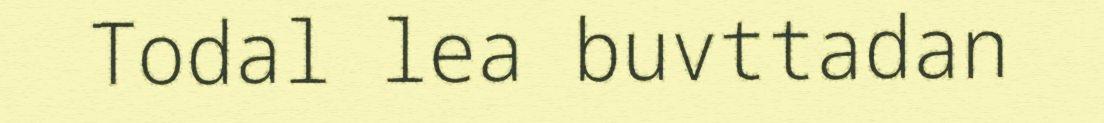
Todal lea buvttadan